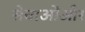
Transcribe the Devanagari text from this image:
सेवाओंऔर